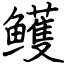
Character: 鳠